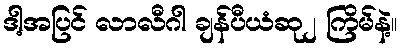
ဒါ့အပြင် လာလီဂါ ချန်ပီယံဆု၂ ကြိမ်နဲ့။